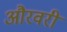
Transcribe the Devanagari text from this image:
औरवरी